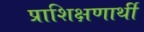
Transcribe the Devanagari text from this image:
प्राशिक्षणार्थी